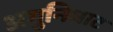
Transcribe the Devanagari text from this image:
अगुनिघाट